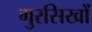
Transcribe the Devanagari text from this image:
गुरसिखों